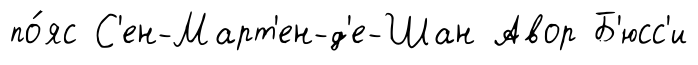
по́яс С'ен-Март'ен-д'е-Шан Авор Б'юсс'и